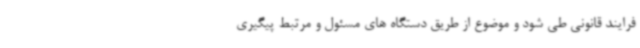
فرایند قانونی طی شود و موضوع از طریق دستگاه های مسئول و مرتبط پیگیری